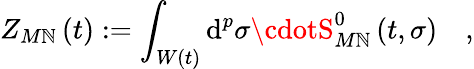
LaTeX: Z_{M\mathbb{N}}\left(t\right):=\int_{W\left(t\right)}\mathrm{d}^{p}\sigma\cdotS_{M\mathbb{N}}^{0}\left(t,\sigma\right)\quad,